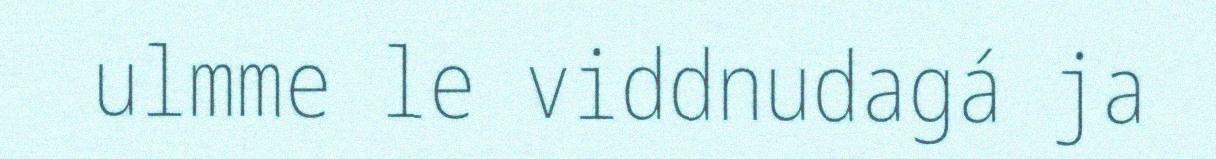
ulmme le viddnudagá ja